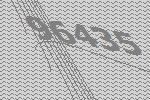
96435